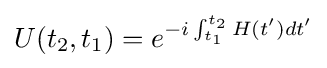
U(t_{2},t_{1})=e^{-i\int _{t_{1}}^{t_{2}}H(t')dt'}